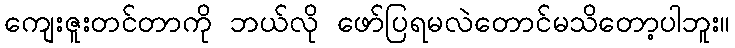
ကျေးဇူးတင်တာကို ဘယ်လို ဖော်ပြရမလဲတောင်မသိတော့ပါဘူး။